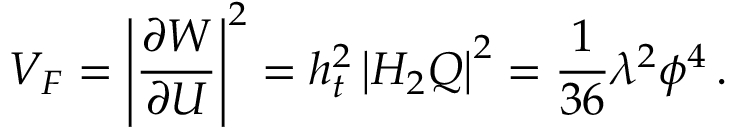
V _ { F } = \left| { \frac { \partial W } { \partial U } } \right| ^ { 2 } = h _ { t } ^ { 2 } \left| H _ { 2 } Q \right| ^ { 2 } = { \frac { 1 } { 3 6 } } \lambda ^ { 2 } \phi ^ { 4 } \, .